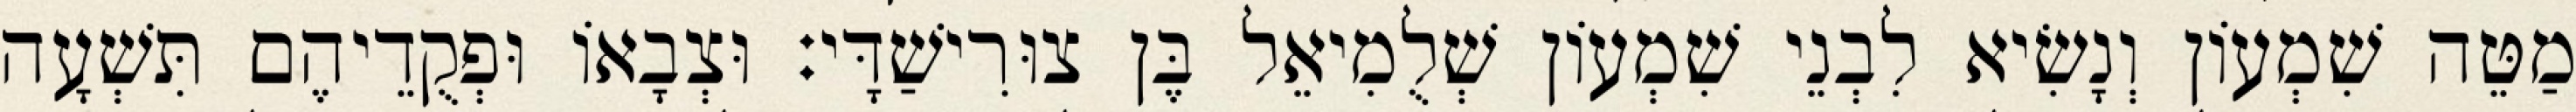
מַטֵּה שִׁמְעוֹן וְנָשִׂיא לִבְנֵי שִׁמְעוֹן שְׁלֻמִיאֵל בֶּן צוּרִישַׁדָּי׃ וּצְבָאוֹ וּפְקֻדֵיהֶם תִּשְׁעָה